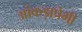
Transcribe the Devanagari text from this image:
आंकड़ाप्रेमी